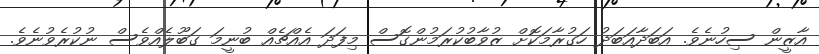
އާޒީން ސިހުނެވެ. އަބަދާއަބަދު ހަގުރާމަކޮށް ޒުވާބުކުރަމުންގޮސް މިފަދަ އެއްޗެއް ބުނީމަ ގަބޫލެއްވެސް ނުކުރެވުނެވެ.